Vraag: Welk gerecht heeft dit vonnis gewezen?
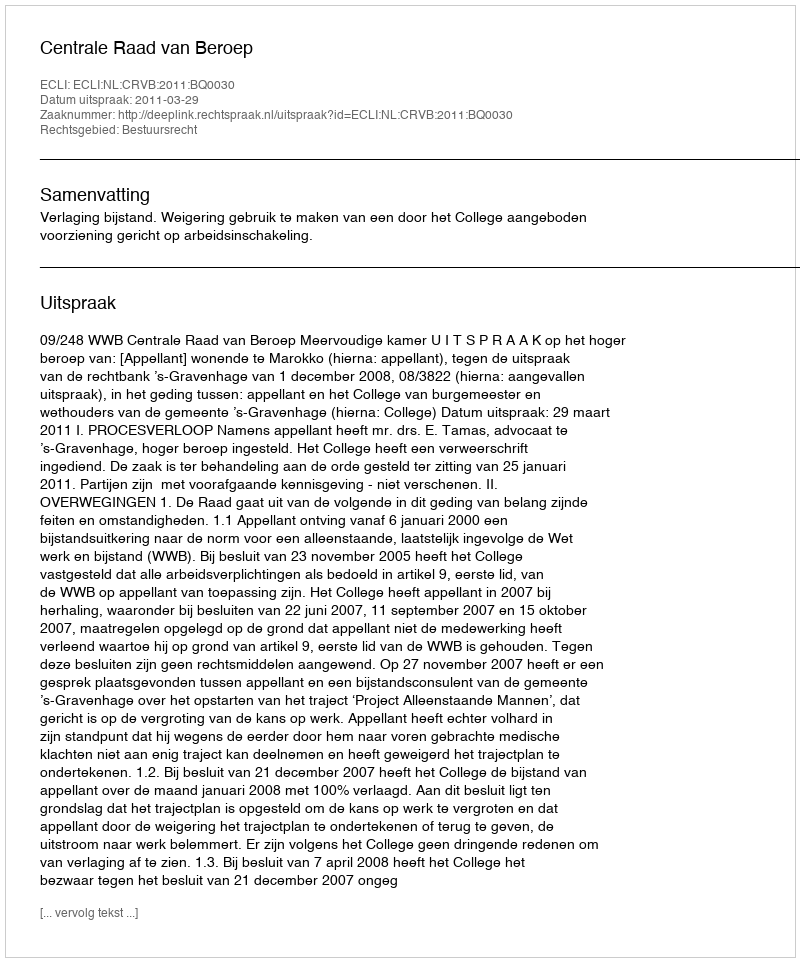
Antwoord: Centrale Raad van Beroep